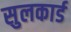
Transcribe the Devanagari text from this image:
सुलकार्ड